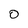
Character: O